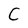
Character: C